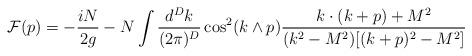
LaTeX: \begin{align*}{\cal F}(p)= -\frac {iN}{2g}- N \int \frac{d^Dk}{(2\pi)^D} \cos^2(k\wedge p)\frac{k\cdot (k+p) + M^2}{(k^2-M^2)[(k+p)^2-M^2]}\end{align*}